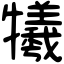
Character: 犧